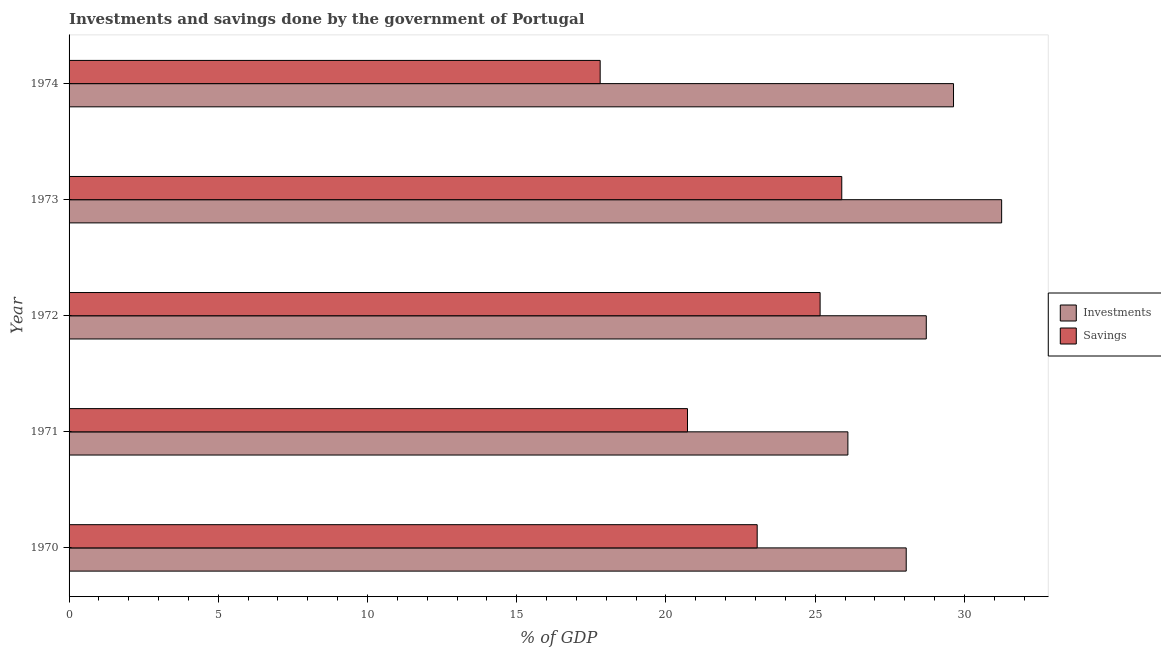
| Year | Investments | Savings |
 | --- | --- | --- |
 | 1970 | 28.1 | 23.1 |
 | 1971 | 26.1 | 20.7 |
 | 1972 | 28.7 | 25.2 |
 | 1973 | 31.2 | 25.9 |
 | 1974 | 29.6 | 17.8 |